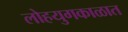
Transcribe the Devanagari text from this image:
लोहयुगकाळात